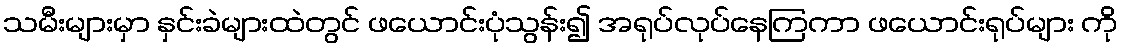
သမီးများမှာ နှင်းခဲများထဲတွင် ဖယောင်းပုံသွန်း၍ အရုပ်လုပ်နေကြကာ ဖယောင်းရုပ်များ ကို